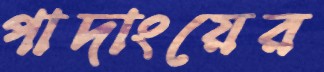
পাদাংয়ের